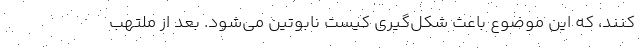
کنند، که این موضوع باعث شکل‌گیری کیست نابوتین می‌شود. بعد از ملتهب